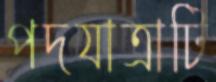
পদযাত্রাটি